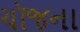
યૉજના